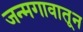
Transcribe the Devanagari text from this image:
जन्मगावातून